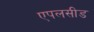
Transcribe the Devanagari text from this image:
एपलसीड